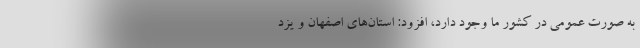
به صورت عمومی در کشور ما وجود دارد، افزود: استان‌های اصفهان و یزد